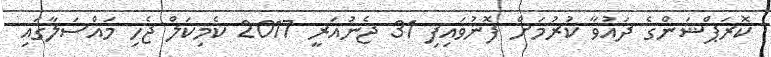
ކޮރަޕްޝަންގެ ދައުވާ ކުރުމަށް ފޮނުވައިފި 31 ޖެނުއަރީ 2017 ކެމިކަލް ޖެހި މައްސަލާގައި